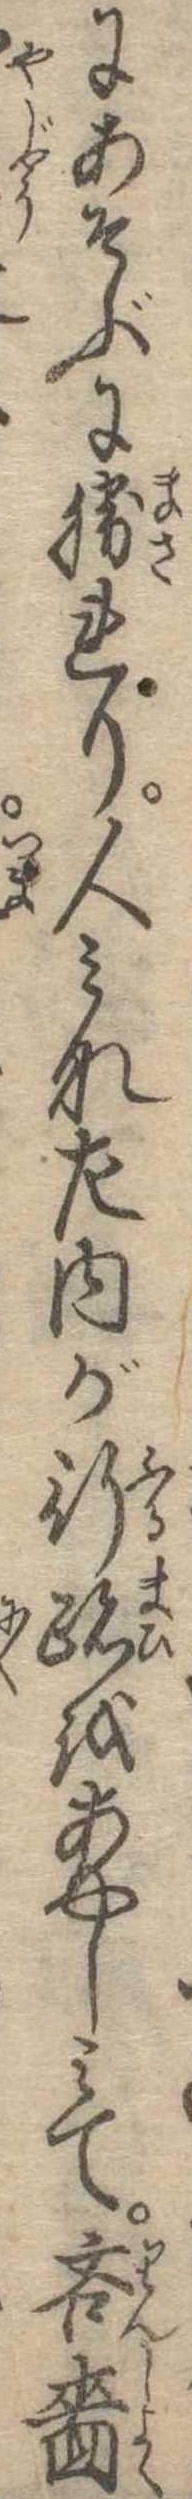
にあそぶに勝れり人みな左内が行跡をあやしみて吝嗇